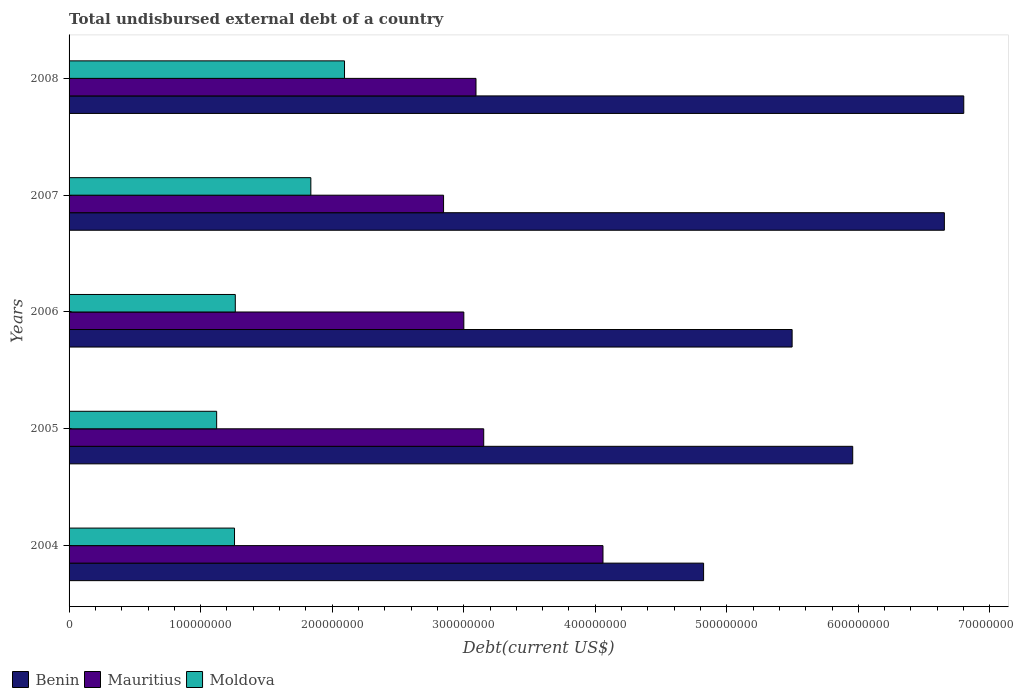
| Years | Benin | Mauritius | Moldova |
 | --- | --- | --- | --- |
 | 2004 | 4.82e+08 | 4.06e+08 | 1.26e+08 |
 | 2005 | 5.96e+08 | 3.15e+08 | 1.12e+08 |
 | 2006 | 5.5e+08 | 3e+08 | 1.26e+08 |
 | 2007 | 6.65e+08 | 2.85e+08 | 1.84e+08 |
 | 2008 | 6.8e+08 | 3.09e+08 | 2.09e+08 |